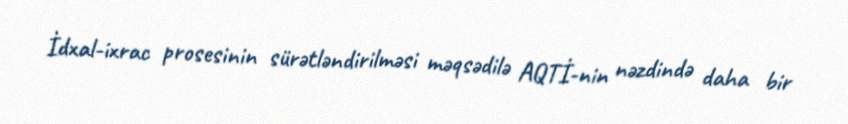
İdxal-ixrac prosesinin sürətləndirilməsi məqsədilə AQTİ-nin nəzdində daha bir